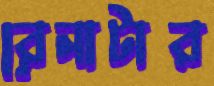
রেনাটার